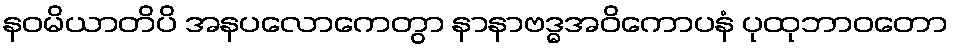
နဝမိယာတိပိ အနပလောကေတွာ နာနာဗဒ္ဓအဝိကောပနံ ပုထုဘာဝတော